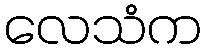
လေသံက